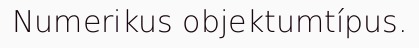
Numerikus objektumtípus.